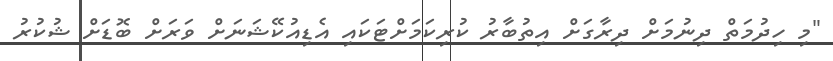
"މި ހިދުމަތް ދިނުމަށް ދިރާގަށް އިތުބާރު ކުރިކަމަށްޓަކައި އެޑިއުކޭޝަނަށް ވަރަށް ބޮޑަށް ޝުކުރު